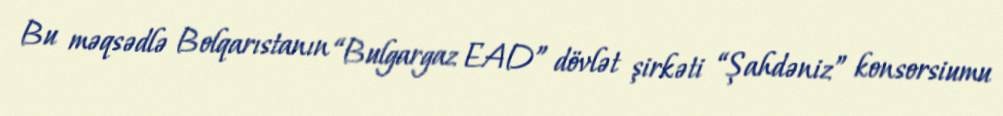
Bu məqsədlə Bolqarıstanın “Bulgargaz EAD” dövlət şirkəti “Şahdəniz” konsorsiumu